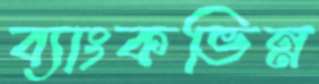
ব্যাংকভিন্ন